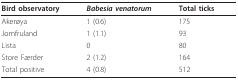
<table><thead><tr><td><b>Bird observatory</b></td><td><b><i>Babesia venatorum</i></b></td><td><b>Total ticks</b></td></tr></thead><tbody><tr><td>Akerøya</td><td>1 (0.6)</td><td>175</td></tr><tr><td>Jomfruland</td><td>1 (1.1)</td><td>93</td></tr><tr><td>Lista</td><td>0</td><td>80</td></tr><tr><td>Store Færder</td><td>2 (1.2)</td><td>164</td></tr><tr><td>Total positive</td><td>4 (0.8)</td><td>512</td></tr></tbody></table>